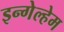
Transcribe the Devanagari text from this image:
इन्गेल्हेम